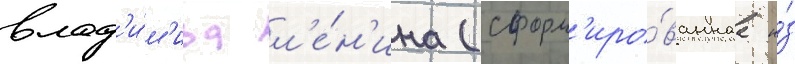
влад'и́м'ира л'е́н'ина (сформ'иро́ваннаа и́з